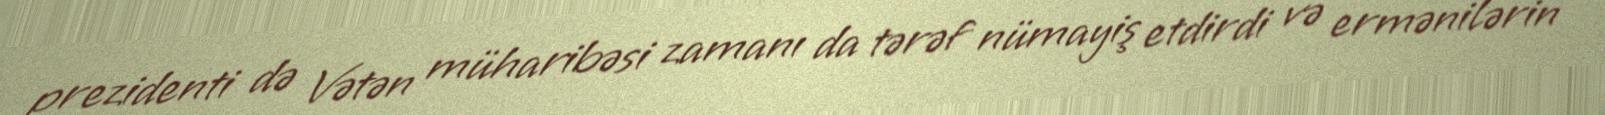
prezidenti də Vətən müharibəsi zamanı da tərəf nümayiş etdirdi və ermənilərin